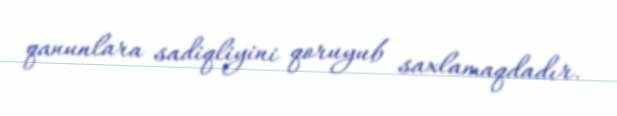
qanunlara sadiqliyini qoruyub saxlamaqdadır.